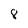
Character: 8